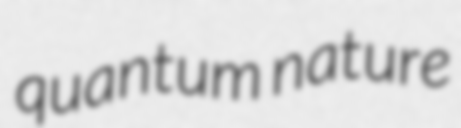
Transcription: quantum nature